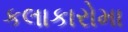
કલાકારોમા